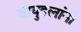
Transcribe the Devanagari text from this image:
वायुदलांनी